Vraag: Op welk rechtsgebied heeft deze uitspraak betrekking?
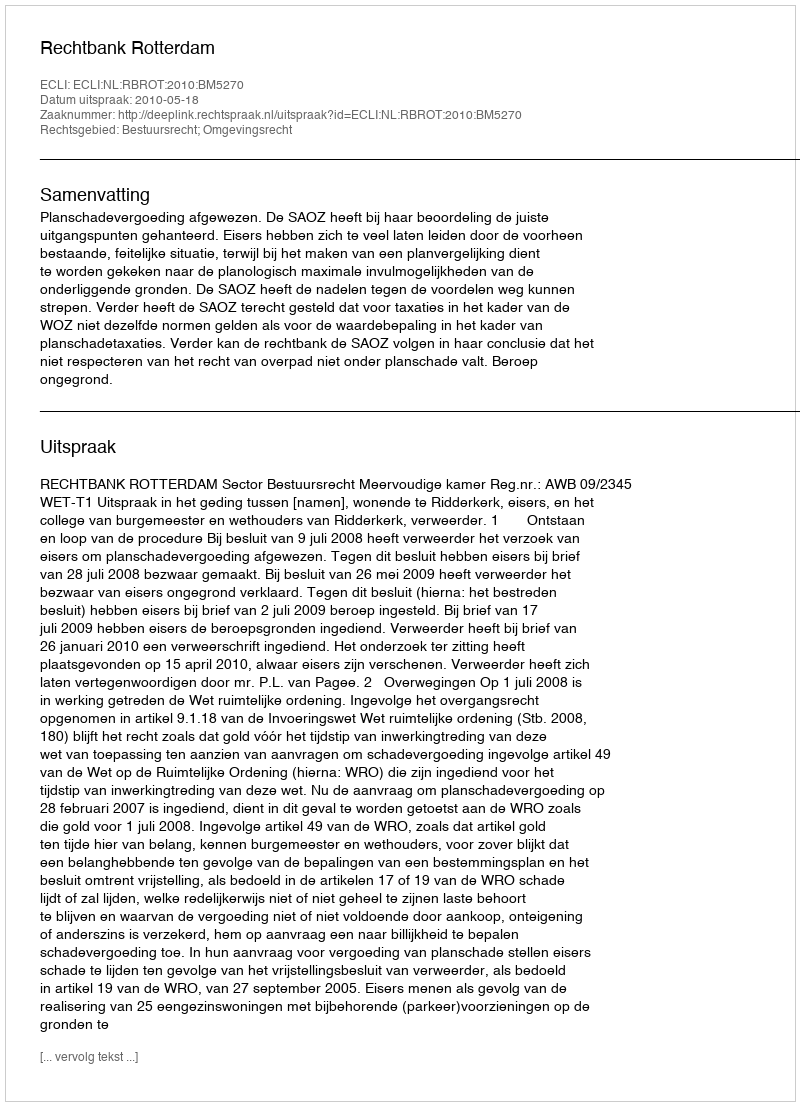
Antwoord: Bestuursrecht; Omgevingsrecht